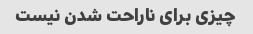
چیزی برای ناراحت شدن نیست